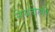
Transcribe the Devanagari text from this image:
नेयवेली